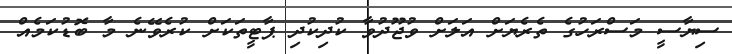
ސިޔާސީ މަސްރަހުގެ ތެރެޔަށް އަލަށް ވުޖޫދުވާ ކުދިކުދި ޕާޓީތަކަށް ކުރެވޭނެ މާ ބޮޑުކަމެއް